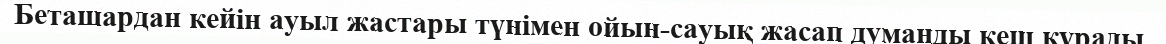
Беташардан кейін ауыл жастары түнімен ойын-сауық жасап думанды кеш құрады.